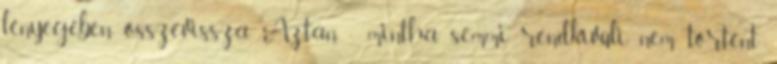
lé­nyegében összevissza. Aztán - mintha semmi rendkívüli nem történt